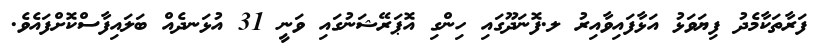
ފަރާތަކާމެދު ފިޔަވަޅު އަޅާފައިވާއިރު ލ.ފޮނަދޫގައި ހިންގި އޮޕަރޭޝަނުގައި ވަނީ 31 އުޅަނދެއް ބަލައިފާސްކޮށްފައެވެ.